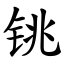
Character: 铫